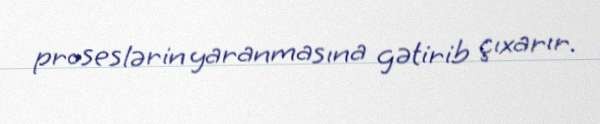
proseslərin yaranmasına gətirib çıxarır.